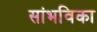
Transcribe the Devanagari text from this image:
सांभविका